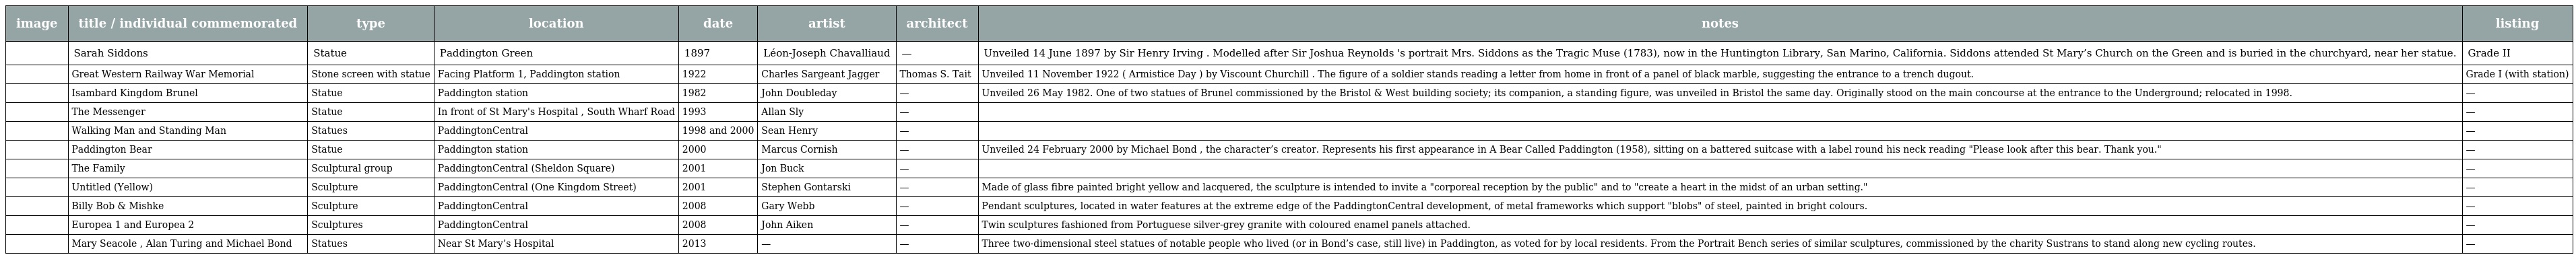
| image | title / individual commemorated | type | location | date | artist | architect | notes | listing |
 | --- | --- | --- | --- | --- | --- | --- | --- | --- |
 |  | Sarah Siddons | Statue | Paddington Green | 1897 | Léon-Joseph Chavalliaud | — | Unveiled 14 June 1897 by Sir Henry Irving . Modelled after Sir Joshua Reynolds 's portrait Mrs. Siddons as the Tragic Muse (1783), now in the Huntington Library, San Marino, California. Siddons attended St Mary’s Church on the Green and is buried in the churchyard, near her statue. | Grade II |
 |  | Great Western Railway War Memorial | Stone screen with statue | Facing Platform 1, Paddington station | 1922 | Charles Sargeant Jagger | Thomas S. Tait | Unveiled 11 November 1922 ( Armistice Day ) by Viscount Churchill . The figure of a soldier stands reading a letter from home in front of a panel of black marble, suggesting the entrance to a trench dugout. | Grade I (with station) |
 |  | Isambard Kingdom Brunel | Statue | Paddington station | 1982 | John Doubleday | — | Unveiled 26 May 1982. One of two statues of Brunel commissioned by the Bristol & West building society; its companion, a standing figure, was unveiled in Bristol the same day. Originally stood on the main concourse at the entrance to the Underground; relocated in 1998. | — |
 |  | The Messenger | Statue | In front of St Mary's Hospital , South Wharf Road | 1993 | Allan Sly | — |  | — |
 |  | Walking Man and Standing Man | Statues | PaddingtonCentral | 1998 and 2000 | Sean Henry | — |  | — |
 |  | Paddington Bear | Statue | Paddington station | 2000 | Marcus Cornish | — | Unveiled 24 February 2000 by Michael Bond , the character’s creator. Represents his first appearance in A Bear Called Paddington (1958), sitting on a battered suitcase with a label round his neck reading "Please look after this bear. Thank you." | — |
 |  | The Family | Sculptural group | PaddingtonCentral (Sheldon Square) | 2001 | Jon Buck | — |  | — |
 |  | Untitled (Yellow) | Sculpture | PaddingtonCentral (One Kingdom Street) | 2001 | Stephen Gontarski | — | Made of glass fibre painted bright yellow and lacquered, the sculpture is intended to invite a "corporeal reception by the public" and to "create a heart in the midst of an urban setting." | — |
 |  | Billy Bob & Mishke | Sculpture | PaddingtonCentral | 2008 | Gary Webb | — | Pendant sculptures, located in water features at the extreme edge of the PaddingtonCentral development, of metal frameworks which support "blobs" of steel, painted in bright colours. | — |
 |  | Europea 1 and Europea 2 | Sculptures | PaddingtonCentral | 2008 | John Aiken | — | Twin sculptures fashioned from Portuguese silver-grey granite with coloured enamel panels attached. | — |
 |  | Mary Seacole , Alan Turing and Michael Bond | Statues | Near St Mary’s Hospital | 2013 | — | — | Three two-dimensional steel statues of notable people who lived (or in Bond’s case, still live) in Paddington, as voted for by local residents. From the Portrait Bench series of similar sculptures, commissioned by the charity Sustrans to stand along new cycling routes. | — |